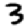
Digit: 3